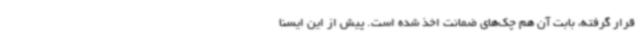
قرار گرفته، بابت آن هم چک‌های ضمانت اخذ شده است. پیش از این ایسنا